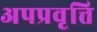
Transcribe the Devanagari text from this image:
अपप्रवृत्ति